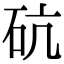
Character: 砊